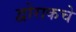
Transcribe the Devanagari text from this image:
द्वोराकचे